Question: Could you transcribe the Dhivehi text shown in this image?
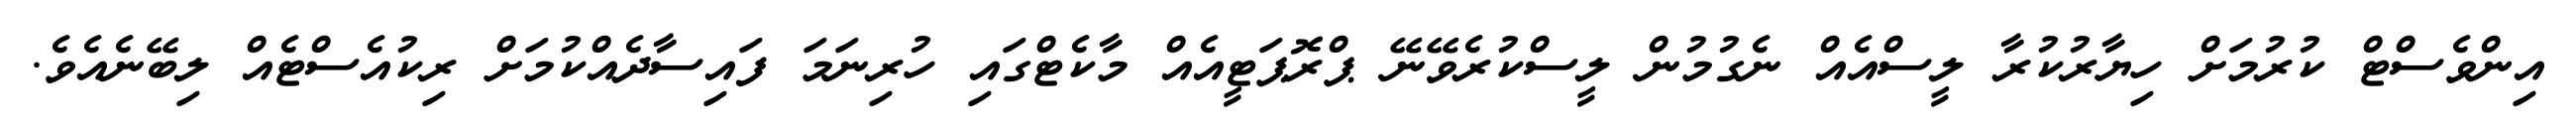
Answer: އިންވެސްޓް ކުރުމަށް ހިޔާރުކުރާ ލީސްއެއް ނެގުމުން ލީސްކުރެވޭނޭ ޕްރޮޕަޓީއެއް މާކެޓްގައި ހުރިނަމަ ފައިސާދެއްކުމަށް ރިކުއެސްޓެއް ލިބޭނެއެވެ.